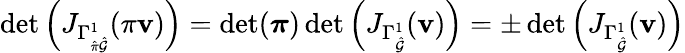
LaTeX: \operatorname*{det}\left(J_{\Gamma_{\hat{\pi}\hat{\mathcal{G}}}^{1}}(\pi\mathbf{v})\right)=\operatorname*{det}(\boldsymbol{\pi})\operatorname*{det}\left(J_{\Gamma_{\hat{\mathcal{G}}}^{1}}(\mathbf{v})\right)=\pm\operatorname*{det}\left(J_{\Gamma_{\hat{\mathcal{G}}}^{1}}(\mathbf{v})\right)